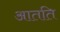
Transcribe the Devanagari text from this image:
आतति